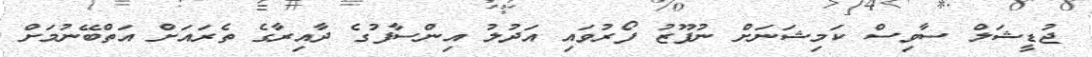
ޖުޑީޝަލް ސާވިސް ކަމިޝަނަށް ނުފޫޒު ފޯރުވައި އަދުލު އިންސާފުގެ ދާއިރާގެ ތެރައަށް އަތްބޭނުމަށް